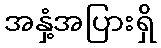
အနှံ့အပြားရှိ